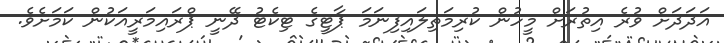
އަދަދަށް ވުރެ އިތުރަށް މީހުން ކުރިމަތިލައިފިނަމަ ޕާޓީގެ ޓިކެޓު ދޭނީ ޕްރައިމަރީއަކުން ކަމަށެވެ.